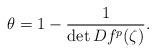
LaTeX: \begin{align*}\theta=1-\frac1{\det Df^p(\zeta)}.\end{align*}